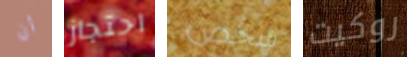
أن احتجاز شخص روكيت